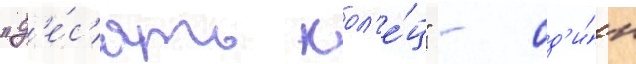
"д'е́с'ять кол'е́ц" - од'и́н